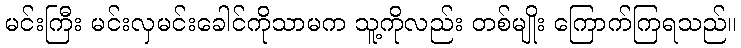
မင်းကြီး မင်းလှမင်းခေါင်ကိုသာမက သူ့ကိုလည်း တစ်မျိုး ကြောက်ကြရသည်။